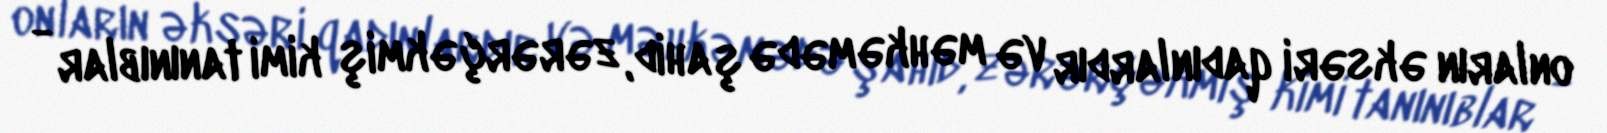
onların əksəri qadınlardır və məhkəmədə şahid, zərərçəkmiş kimi tanınıblar -